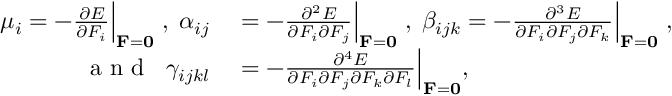
\begin{array} { r l } { \mu _ { i } = - \frac { \partial E } { \partial F _ { i } } \Big | _ { { \bf F } = { \bf 0 } } \; , \; \alpha _ { i j } } & { { } = - \frac { \partial ^ { 2 } E } { \partial F _ { i } \partial F _ { j } } \Big | _ { { \bf F } = { \bf 0 } } \; , \; \beta _ { i j k } = - \frac { \partial ^ { 3 } E } { \partial F _ { i } \partial F _ { j } \partial F _ { k } } \Big | _ { { \bf F } = { \bf 0 } } \; , } \\ { \; \textrm { a n d } \; \; \gamma _ { i j k l } } & { { } = - \frac { \partial ^ { 4 } E } { \partial F _ { i } \partial F _ { j } \partial F _ { k } \partial F _ { l } } \Big | _ { { \bf F } = { \bf 0 } } , } \end{array}